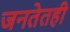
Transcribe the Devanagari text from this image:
जनतेतही